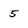
Character: 5